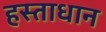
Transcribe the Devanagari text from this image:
हस्ताधान